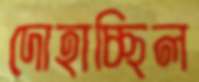
দোহাচ্ছিল